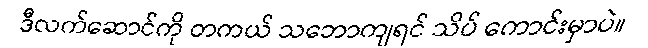
ဒီလက်ဆောင်ကို တကယ် သဘောကျရင် သိပ် ကောင်းမှာပဲ။